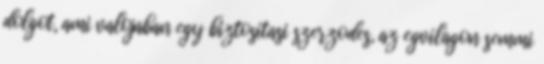
dolgot, ami valojaban egy biztositasi szerzodes, az egvilagon semmi